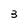
Character: 3